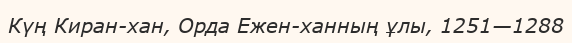
Күң Киран-хан, Орда Ежен-ханның ұлы, 1251—1288